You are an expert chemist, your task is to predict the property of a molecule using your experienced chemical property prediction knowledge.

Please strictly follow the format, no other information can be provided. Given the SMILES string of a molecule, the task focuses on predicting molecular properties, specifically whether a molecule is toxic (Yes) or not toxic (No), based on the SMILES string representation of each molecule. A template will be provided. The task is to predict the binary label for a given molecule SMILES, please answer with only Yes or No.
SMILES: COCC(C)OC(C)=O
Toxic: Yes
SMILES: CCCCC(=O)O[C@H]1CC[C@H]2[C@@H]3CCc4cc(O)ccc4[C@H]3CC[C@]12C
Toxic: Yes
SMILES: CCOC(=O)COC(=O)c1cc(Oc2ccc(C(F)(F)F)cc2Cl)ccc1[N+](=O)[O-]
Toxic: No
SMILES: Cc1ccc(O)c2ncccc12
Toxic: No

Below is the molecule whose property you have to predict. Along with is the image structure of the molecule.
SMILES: N[Pt](N)(Cl)Cl
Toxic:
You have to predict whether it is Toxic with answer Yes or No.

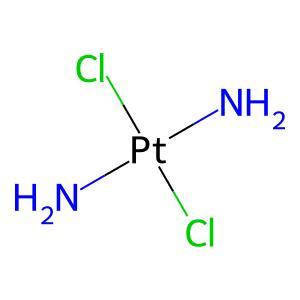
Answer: No